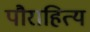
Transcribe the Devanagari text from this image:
पौराहित्य